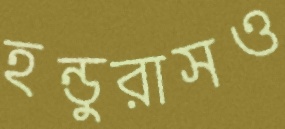
হন্ডুরাসও